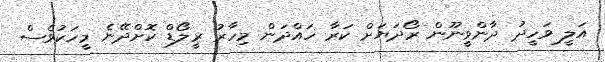
އަލީ ވަހީދު ދާންވީނޫން ރޯދަޔަށް ކަރާ ހައްދަން މިހާރު ރީލޯޑް ކޮށްދޭނެ މީހަކުވެސް